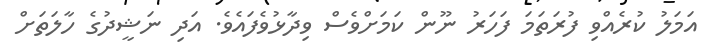
އަމަލު ކުރެއްވި ފުރަތަމަ ފަހަރު ނޫން ކަމަށްވެސް ވިދާޅުވެފައެވެ. އަދި ނަޝީދުގެ ހާލަތަށް